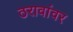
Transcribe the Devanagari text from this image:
ठरावांवर